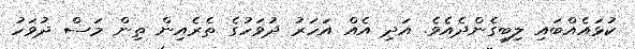
ކުޅައެއްބައި ލިބިގެންދެއެވެ. އަދި އެއް އަހަރު ދުވަހުގެ ތެރެއިން ތިން މަސް ދުވަހު